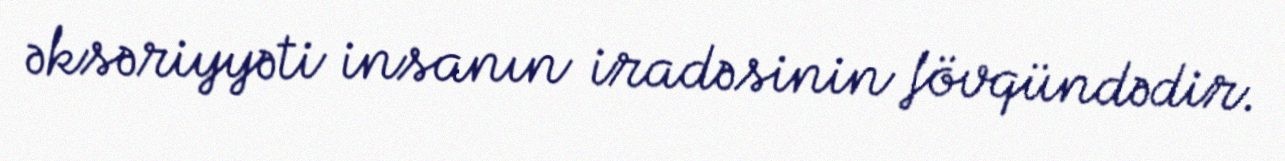
əksəriyyəti insanın iradəsinin fövqündədir.